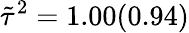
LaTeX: \tilde{\tau}^{2}=1.00(0.94)